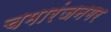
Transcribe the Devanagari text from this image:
चमारंजनगर